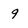
Character: 9